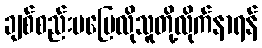
ချစ်စည်းမပြေလိုသူတို့လိုက်နာရန်